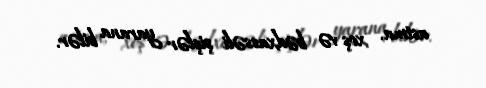
astma, xoş və bədxassəli şişlər yarana bilər.